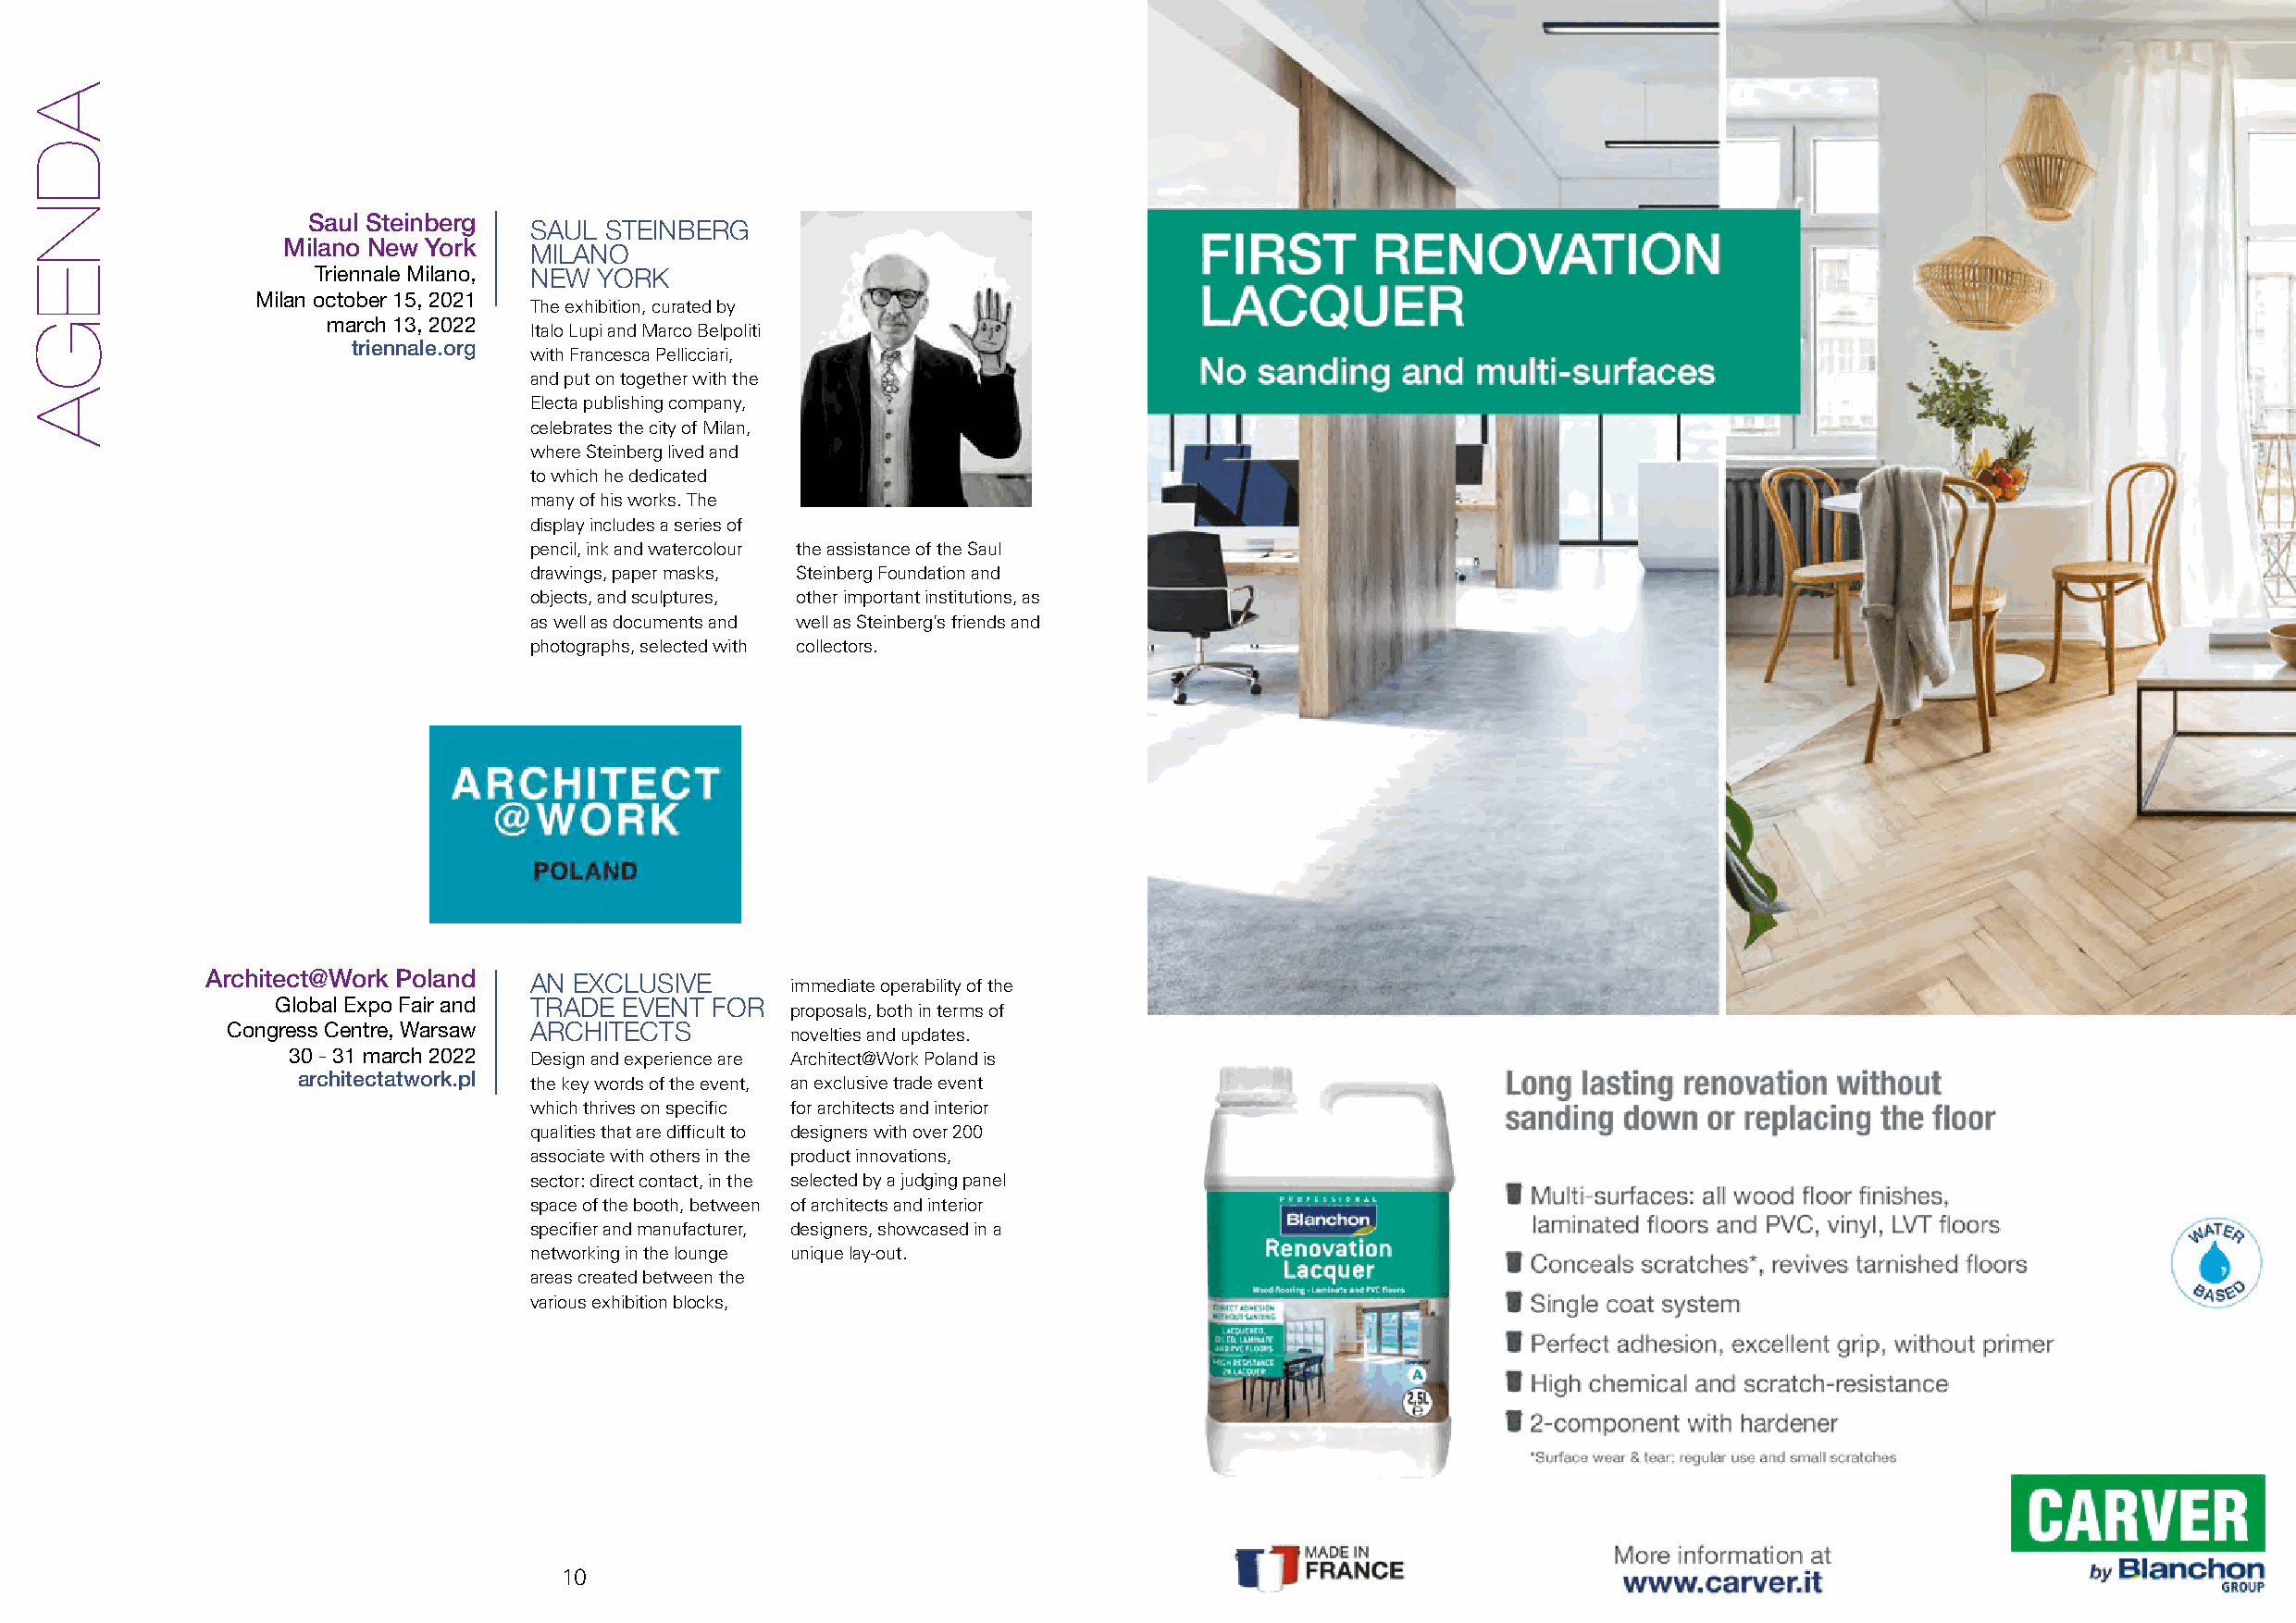
Saul Steinberg
 SAUL STEINBERG
 Milano New York
 MILANO
 Triennale Milano, NEW YORK
 Milan october 15, 2021
 The exhibition, curated by
 march 13, 2022
 Italo Lupi and Marco Belpoliti
 triennale.org
 with Francesca Pellicciari,
 and put on together with the
 Electa publishing company,
 celebrates the city of Milan,
 where Steinberg lived and
 to which he dedicated
 many of his works. The
 display includes a series of
 pencil, ink and watercolour the assistance of the Saul
 drawings, paper masks, Steinberg Foundation and
 objects, and sculptures, other important institutions, as
 as well as documents and well as Steinberg’s friends and
 photographs, selected with collectors.
 Architect@Work Poland  AN EXCLUSIVE
 immediate operability of the
 Global Expo Fair and TRADE EVENT FOR
 proposals, both in terms of
 Congress Centre, Warsaw ARCHITECTS
 novelties and updates.
 30 - 31 march 2022 Design and experience are Architect@Work Poland is
 architectatwork.pl
 the key words of the event, an exclusive trade event
 which thrives on specific for architects and interior
 qualities that are difficult to designers with over 200
 associate with others in the product innovations,
 sector: direct contact, in the selected by a judging panel
 space of the booth, between of architects and interior
 specifier and manufacturer, designers, showcased in a
 networking in the lounge unique lay-out.
 areas created between the
 various exhibition blocks,
 10                                                                                11
 ADNEGA